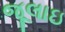
જૂલાઇ